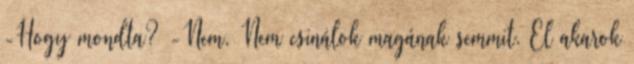
-Hogy mondta? -Nem. Nem csinálok magának semmit. El akarok